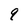
Character: q